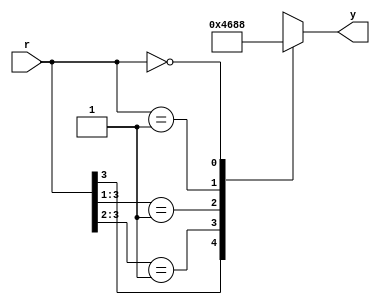
module encoder_4_2_z 
    (
        input wire [4:1] r,
        output reg [2:0] y
    );

    always @(*) 
    begin
        casez(r)
            4'b1???: y = 3'b100;
            4'b01??: y = 3'b011;
            4'b001?: y = 3'b010;
            4'b0001: y = 3'b001;
            4'b0000: y = 3'b000;
        endcase    
    end

endmodule